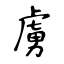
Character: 虜